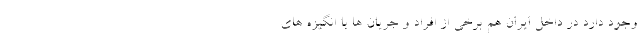
وجود دارد در داخل ایران هم برخی از افراد و جریان ها با انگیزه های